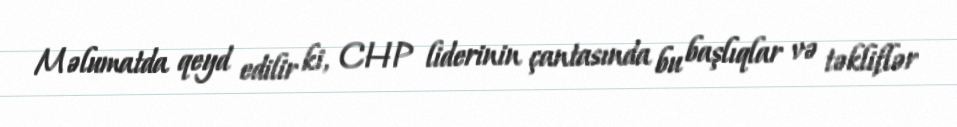
Məlumatda qeyd edilir ki, CHP liderinin çantasında bu başlıqlar və təkliflər